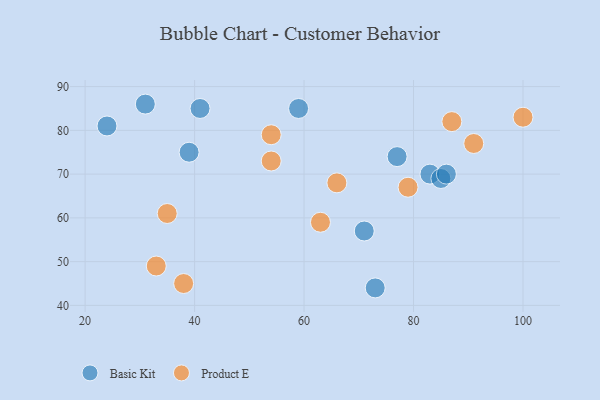
{"axis": {"x": "GDP", "y": "Life Expectancy"}, "legend": ["Basic Kit", "Product E"], "data": [{"x": "73", "y": 44, "type": "Basic Kit"}, {"x": "83", "y": 70, "type": "Basic Kit"}, {"x": "85", "y": 69, "type": "Basic Kit"}, {"x": "71", "y": 57, "type": "Basic Kit"}, {"x": "59", "y": 85, "type": "Basic Kit"}, {"x": "39", "y": 75, "type": "Basic Kit"}, {"x": "86", "y": 70, "type": "Basic Kit"}, {"x": "31", "y": 86, "type": "Basic Kit"}, {"x": "24", "y": 81, "type": "Basic Kit"}, {"x": "41", "y": 85, "type": "Basic Kit"}, {"x": "77", "y": 74, "type": "Basic Kit"}, {"x": "33", "y": 49, "type": "Product E"}, {"x": "54", "y": 79, "type": "Product E"}, {"x": "54", "y": 73, "type": "Product E"}, {"x": "38", "y": 45, "type": "Product E"}, {"x": "100", "y": 83, "type": "Product E"}, {"x": "63", "y": 59, "type": "Product E"}, {"x": "91", "y": 77, "type": "Product E"}, {"x": "35", "y": 61, "type": "Product E"}, {"x": "87", "y": 82, "type": "Product E"}, {"x": "66", "y": 68, "type": "Product E"}, {"x": "79", "y": 67, "type": "Product E"}]}